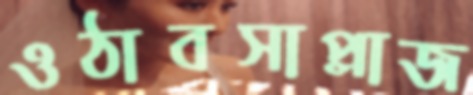
ওঠাবসাপ্লাজ